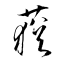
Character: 蕕